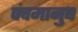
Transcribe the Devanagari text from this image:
पंचमानुष